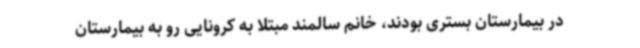
در بیمارستان بستری بودند، خانم سالمند مبتلا به کرونایی رو به بیمارستان